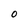
Character: O